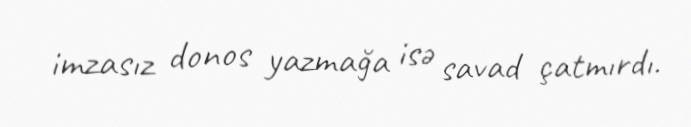
imzasız donos yazmağa isə savad çatmırdı.